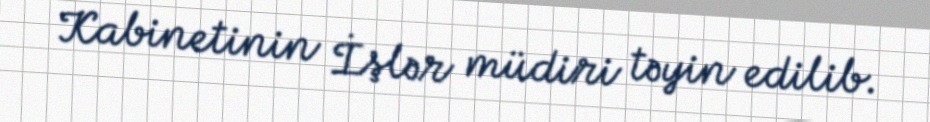
Kabinetinin İşlər müdiri təyin edilib.